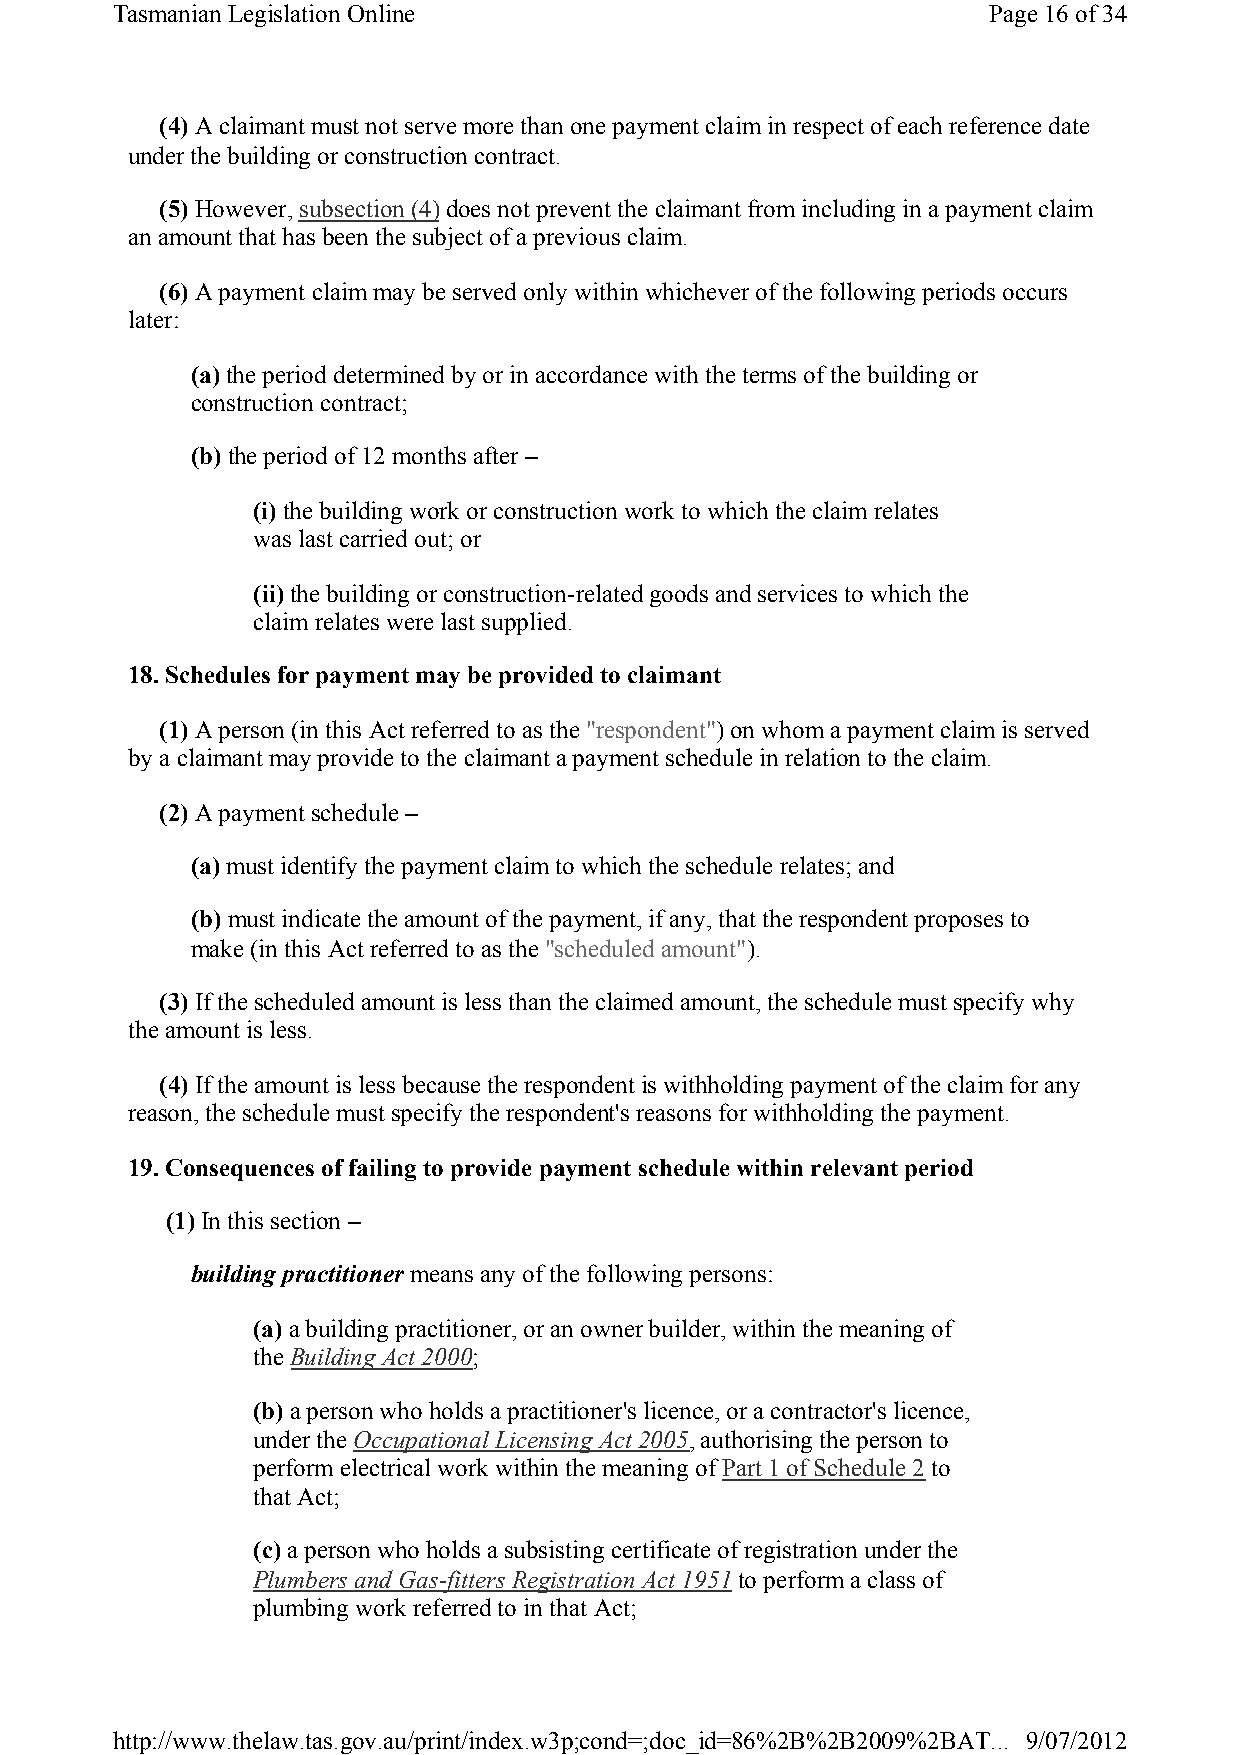
Tasmanian Legislation Online                              Page 16of 34
 (4) A claimant must not serve more than one payment claim in respect of each reference date
 under the building or construction contract.
 (5) However, subsection (4) does not prevent the claimant from including in a payment claim
 an amount that has been the subject of a previous claim.
 (6) A payment claim may be served only within whichever of the following periods occurs
 later:
 (a) the period determined by or in accordance with the terms of the building or
 construction contract;
 (b) the period of 12 months after –
 (i) the building work or construction work to which the claim relates
 was last carried out; or
 (ii) the building or construction-related goods and services to which the
 claim relates were last supplied.
 18. Schedules for payment may be provided to claimant
 (1) A person (in this Act referred to as the "respondent") on whom a payment claim is served
 by a claimant may provide to the claimant a payment schedule in relation to the claim.
 (2) A payment schedule –
 (a) must identify the payment claim to which the schedule relates; and
 (b) must indicate the amount of the payment, if any, that the respondent proposes to
 make (in this Act referred to as the "scheduled amount").
 (3) If the scheduled amount is less than the claimed amount, the schedule must specify why
 the amount is less.
 (4) If the amount is less because the respondent is withholding payment of the claim for any
 reason, the schedule must specify the respondent's reasons for withholding the payment.
 19. Consequences of failing to provide payment schedule within relevant period
 (1) In this section –
 building practitionermeans any of the following persons:
 (a) a building practitioner, or an owner builder, within the meaning of
 the Building Act 2000;
 (b) a person who holds a practitioner's licence, or a contractor's licence,
 under the Occupational Licensing Act 2005, authorising the person to
 perform electrical work within the meaning of Part 1 of Schedule 2to
 that Act;
 (c)a person who holds a subsisting certificate of registration under the
 Plumbers and Gas-fitters Registration Act 1951to perform a class of
 plumbing work referred to in that Act;
 http://www.thelaw.tas.gov.au/print/index.w3p;cond=;doc_id=86%2B%2B2009%2BAT... 9/07/2012